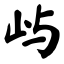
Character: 屿